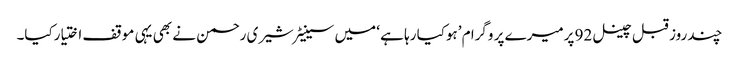
چند روز قبل چینل 92 پرمیرے پر وگرا م ’ہوکیا رہا ہے ‘ میں سینیٹرشیری رحمن نے بھی یہی موقف اختیارکیا۔